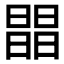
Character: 𣊭